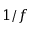
1 / f